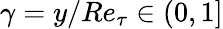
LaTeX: \gamma=y/Re_{\tau}\in(0,1]